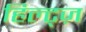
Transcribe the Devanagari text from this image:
हिल्ट्ज़